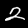
Digit: 2